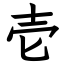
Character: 壱